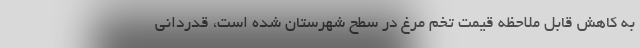
به کاهش قابل ملاحظه‌ قیمت تخم مرغ در سطح شهرستان شده است، قدردانی